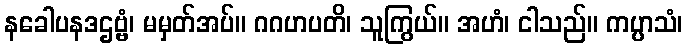
နခေါပနဒဌဗ္ဗံ၊ မမှတ်အပ်။ ဂဂဟပတိ၊ သူကြွယ်။ အဟံ၊ ငါသည်။ ကပ္ပာသံ၊